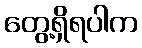
တွေ့ရှိရပါက